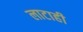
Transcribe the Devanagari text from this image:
लाटाही